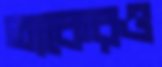
তাকেরও